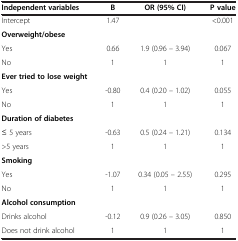
<table><thead><tr><td><b>Independent variables</b></td><td><b>B</b></td><td><b>OR (95% CI)</b></td><td><b>P value</b></td></tr></thead><tbody><tr><td>Intercept</td><td>1.47</td><td> </td><td>&lt;0.001</td></tr><tr><td><b>Overweight/obese</b></td><td> </td><td> </td><td> </td></tr><tr><td>Yes</td><td>0.66</td><td>1.9 (0.96 – 3.94)</td><td>0.067</td></tr><tr><td>No</td><td>1</td><td>1</td><td>1</td></tr><tr><td><b>Ever tried to lose weight</b></td><td> </td><td> </td><td> </td></tr><tr><td>Yes</td><td>-0.80</td><td>0.4 (0.20 – 1.02)</td><td>0.055</td></tr><tr><td>No</td><td>1</td><td>1</td><td>1</td></tr><tr><td><b>Duration of diabetes</b></td><td> </td><td> </td><td> </td></tr><tr><td>≤ 5 years</td><td>-0.63</td><td>0.5 (0.24 – 1.21)</td><td>0.134</td></tr><tr><td>&gt;5 years</td><td>1</td><td>1</td><td>1</td></tr><tr><td><b>Smoking</b></td><td> </td><td> </td><td> </td></tr><tr><td>Yes</td><td>-1.07</td><td>0.34 (0.05 – 2.55)</td><td>0.295</td></tr><tr><td>No</td><td>1</td><td>1</td><td>1</td></tr><tr><td><b>Alcohol consumption</b></td><td> </td><td> </td><td> </td></tr><tr><td>Drinks alcohol</td><td>-0.12</td><td>0.9 (0.26 – 3.05)</td><td>0.850</td></tr><tr><td>Does not drink alcohol</td><td>1</td><td>1</td><td>1</td></tr></tbody></table>